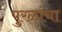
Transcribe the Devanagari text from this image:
पुरळांचा